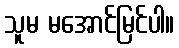
သူမ မအောင်မြင်ပါ။